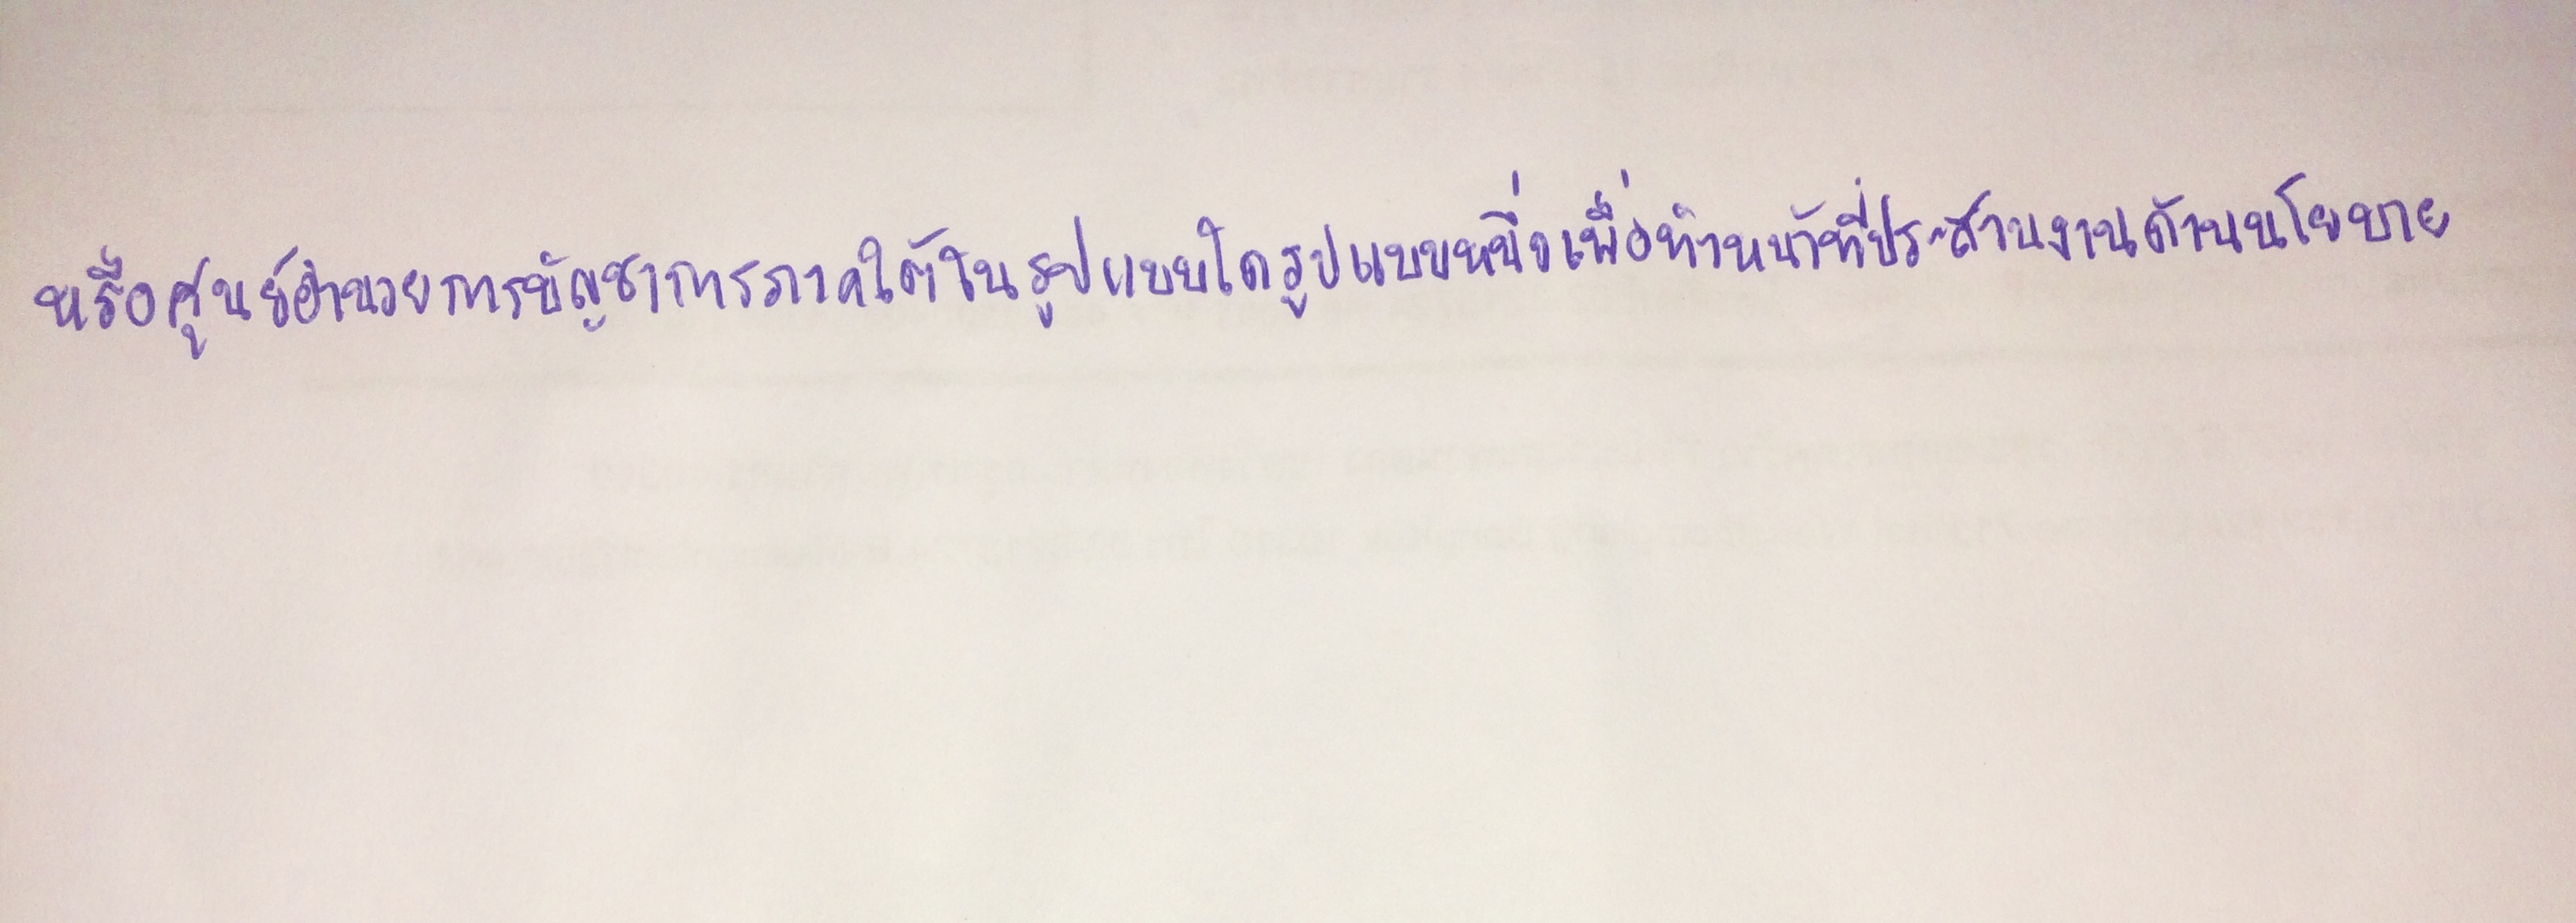
หรือศูนย์อำนวยการบัญชาการภาคใต้ในรูปแบบใดรูปแบบหนึ่งเพื่อทำหน้าที่ประสานงานด้านนโยบาย